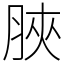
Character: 脥